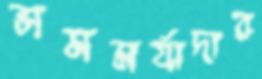
সমমর্যাদার